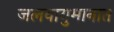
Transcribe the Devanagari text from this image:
जलवायुमानात